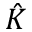
\hat { K }